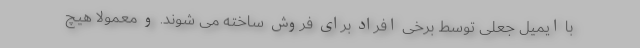
با ایمیل جعلی توسط برخی افراد برای فروش ساخته می شوند. و معمولا هیچ